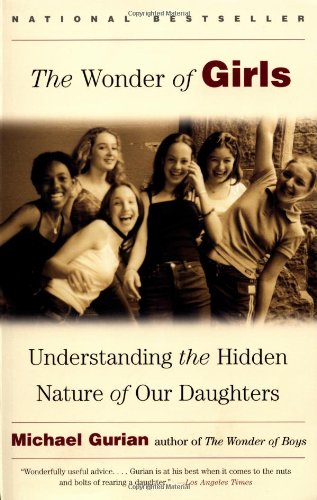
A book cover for The Wonder of Girls: Understanding the Hidden Nature of Our Daughters; Michael Gurian; Parenting & Relationships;